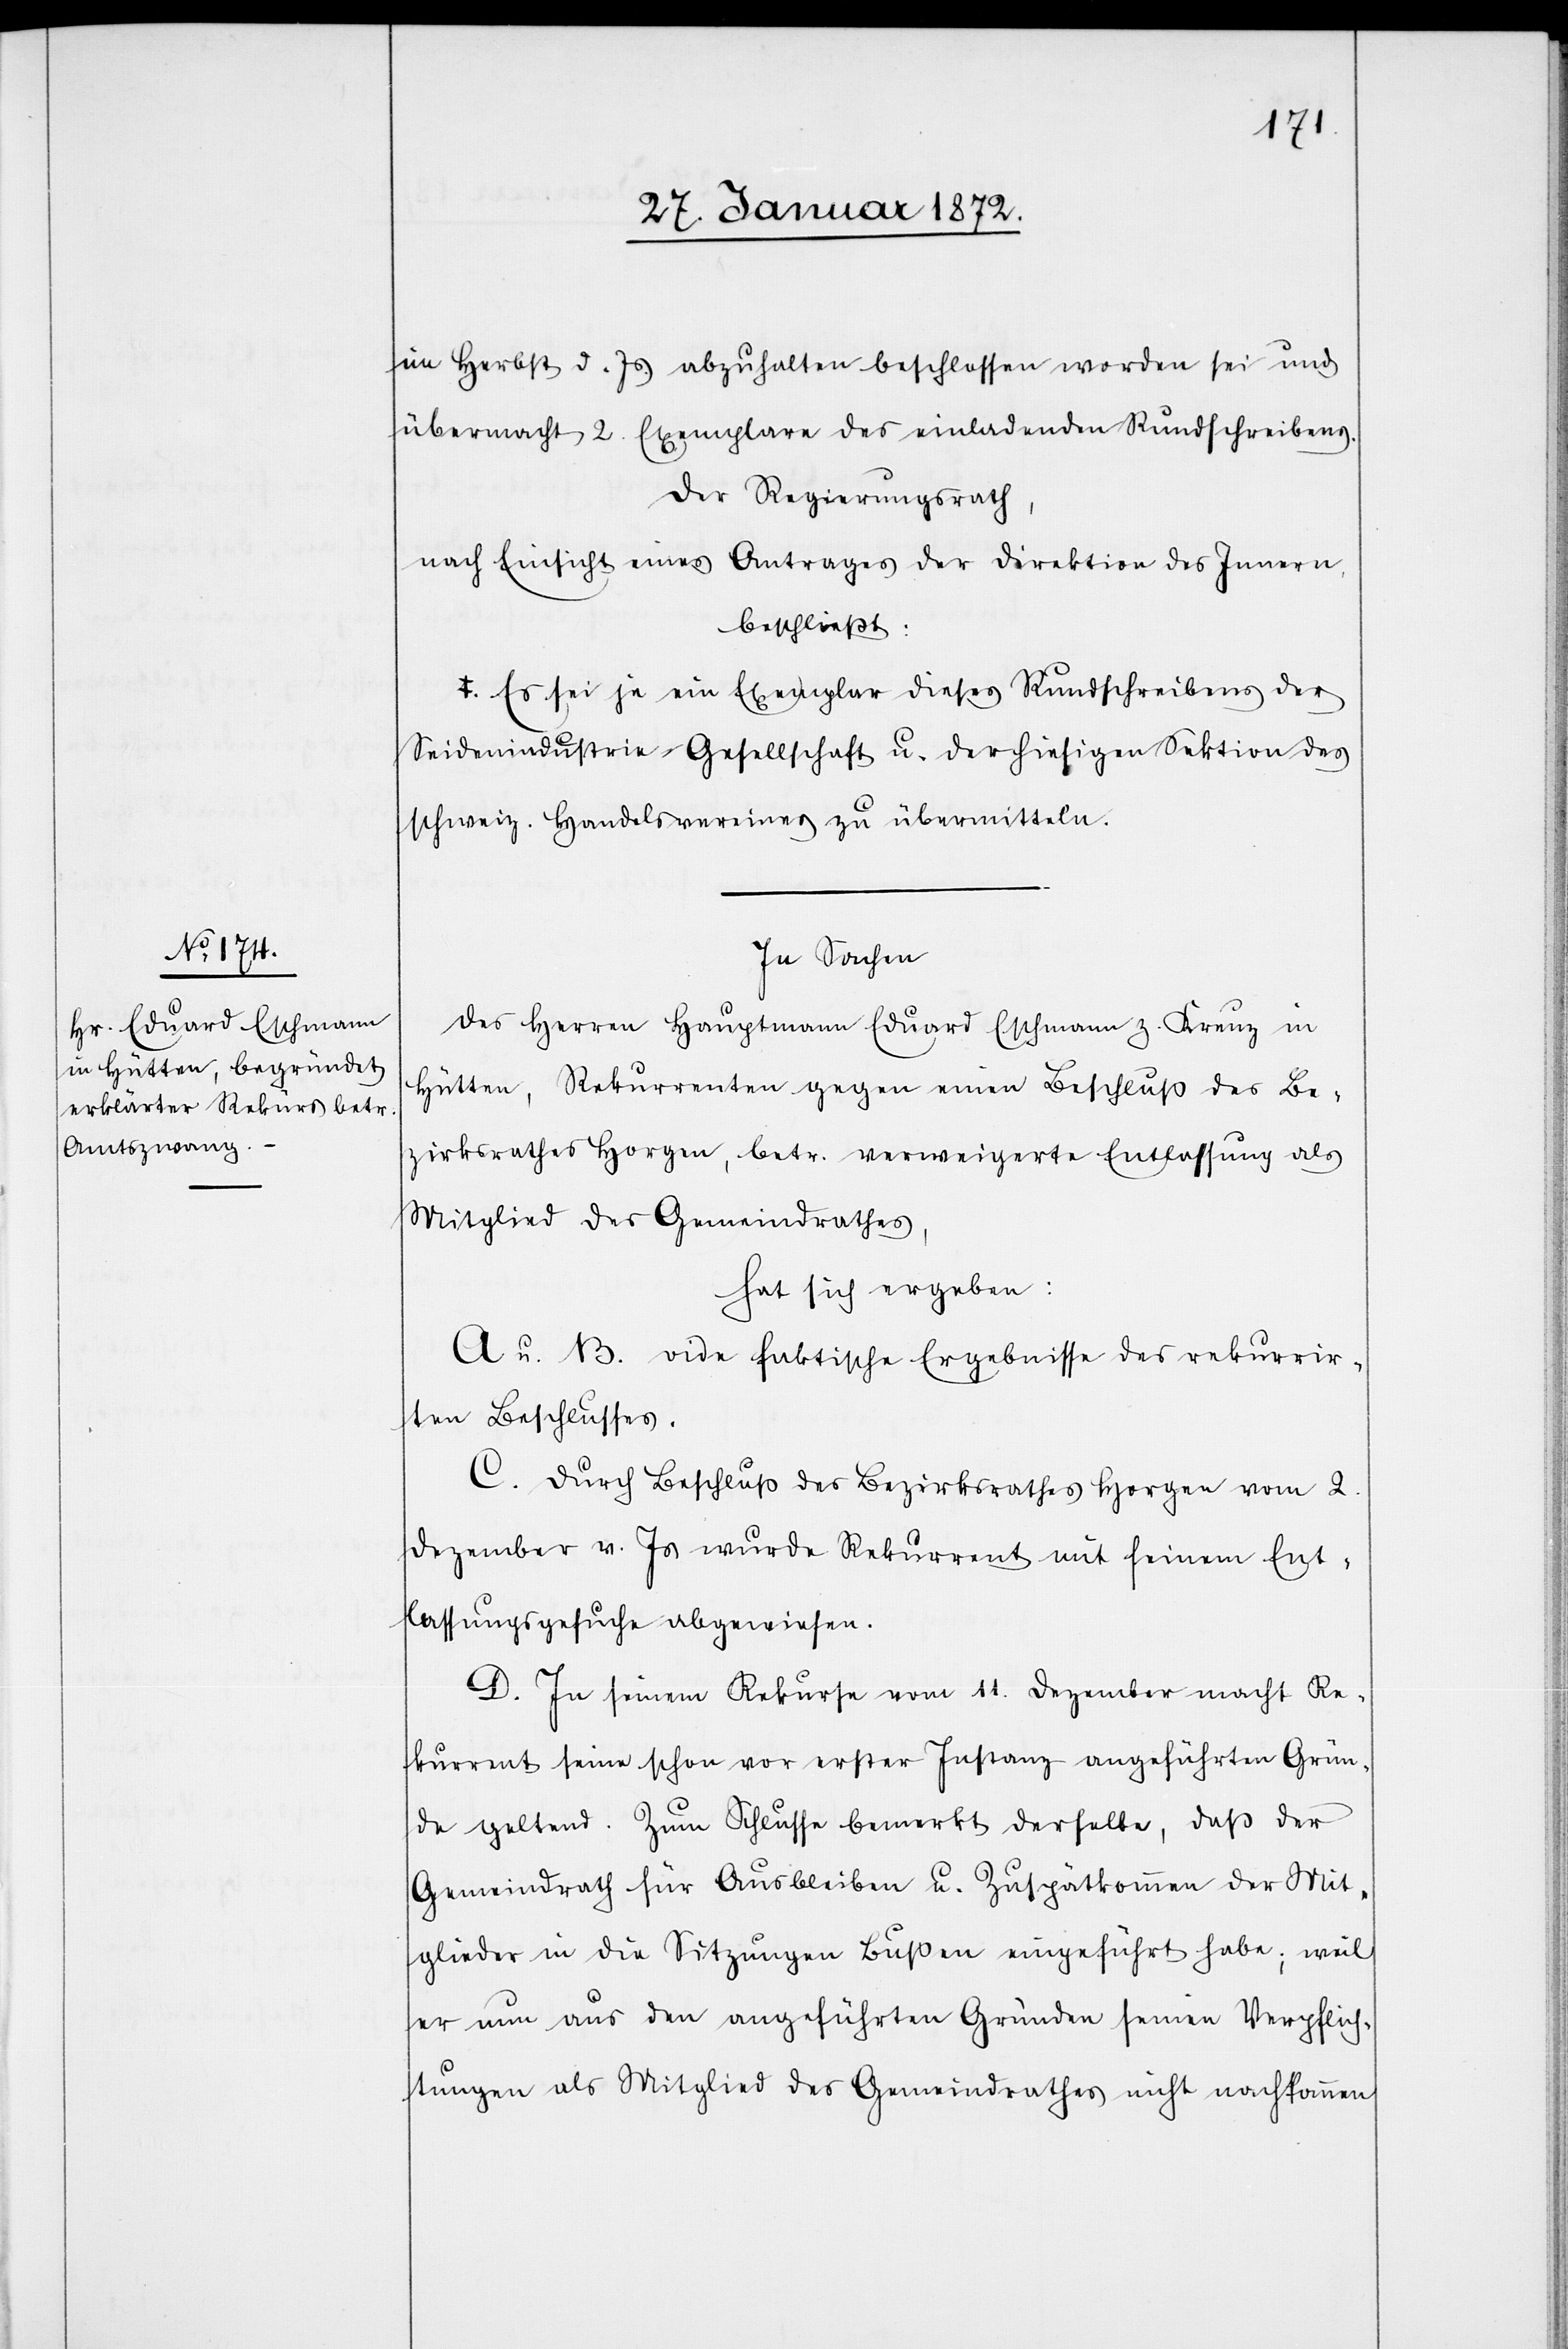
im Herbst d. Js. abzuhalten beschlossen worden sei und
übermacht 2. Exemplare des einladenden Rundschreibens.
Der Regierungsrath,
nach Einsicht eines Antrages der Direktion des Innern,
beschließt:
Es sei je ein Exemplar dieses Rundschreibens der
Seidenindustrie-Gesellschaft u. der hiesigen Sektion des
schweiz. Handelsvereines zu übermitteln.
In Sachen
des Herren Hauptmann Eduard Eschmann z. Kreuz in
Hütten, Rekurrenten gegen einen Beschluß des Be¬
zirksrathes Horgen, betr. verweigerte Entlassung als
Mitglied des Gemeindrathes,
hat sich ergeben:
A u. B. vide faktische Ergebnisse des rekurrir¬
ten Beschlusses.
C. Durch Beschluß des Bezirksrathes Horgen vom 2.
Dezember v. Js wurde Rekurrent mit seinem Ent¬
lassungsgesuche abgewiesen.
D. In seinem Rekurse vom 11. Dezember macht Re¬
kurrent seine schon vor erster Instanz angeführten Grün¬
de geltend. Zum Schlusse bemerkt derselbe, daß der
Gemeindrath für Ausbleiben u. Zuspätkommen der Mit¬
glieder in die Sitzungen Bußen eingeführt habe; weil
er nun aus den angeführten Gründen seinen Verpflich¬
tungen als Mitglied des Gemeindrathes nicht nachkommen